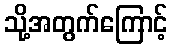
သို့အတွက်ကြောင့်